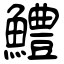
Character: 鱧